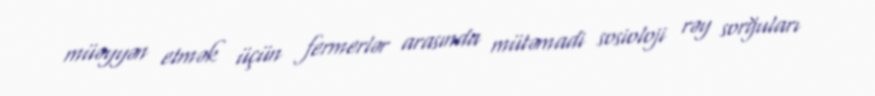
müəyyən etmək üçün fermerlər arasında mütəmadi sosioloji rəy sorğuları